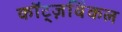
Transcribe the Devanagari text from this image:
कॉट्ज़विंकल